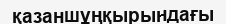
қазаншұңқырындағы